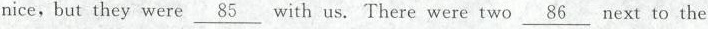
nice,but they were \underline{85} with us. There were two \underline{86} next to the